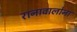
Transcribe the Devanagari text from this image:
रानावालोना